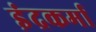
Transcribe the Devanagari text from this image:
इंद्रकर्मा